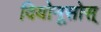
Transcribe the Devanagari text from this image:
दियोनूसोस्